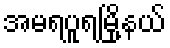
အမရပူရမြို့နယ်